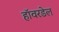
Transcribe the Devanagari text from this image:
हॉवरडेल